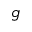
g